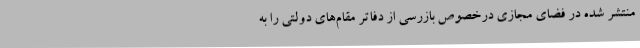
منتشر شده در فضای مجازی درخصوص بازرسی از دفاتر مقام‌های دولتی را به